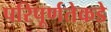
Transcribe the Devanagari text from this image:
परिपूर्णतेकडे